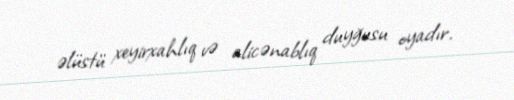
əlüstü xeyirxahlıq və alicənablıq duyğusu oyadır.